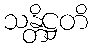
သန္တိဋ္ဌတိ